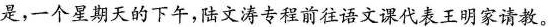
是，一个星期天的下午，陆文涛专程前往语文课代表王明家请教。